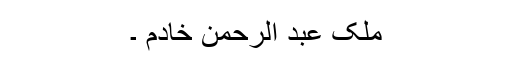
ملک عبد الرحمٰن خادم ۔